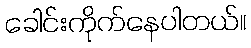
ခေါင်းကိုက်နေပါတယ်။